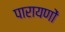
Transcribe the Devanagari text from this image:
पारायणों